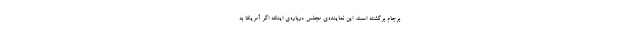
برجام برگشته است. این نماینده‌ی مجلس درباره‌ی اینکه اگر آمریکا به